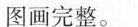
图画完整。